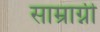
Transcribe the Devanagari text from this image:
साम्राग्नी